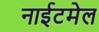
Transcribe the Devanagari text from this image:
नाईटमेल